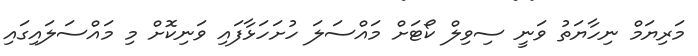
މަރިޔަމް ނިހާޔަތު ވަނީ ސިވިލް ކޯޓަށް މައްސަލަ ހުށަހަޅާފައި ވަނިކޮށް މި މައްސަލައިގައި